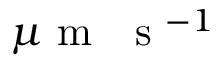
\mu \mathrm { ~ m ~ } \ \mathrm { ~ s ~ } ^ { - 1 }